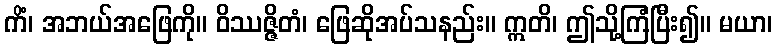
ကိံ၊ အဘယ်အဖြေကို။ ဝိဿဇ္ဇိတံ၊ ဖြေဆိုအပ်သနည်း။ ဣတိ၊ ဤသို့ကြံပြီး၍။ မယာ၊